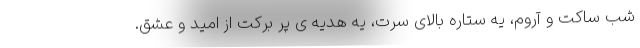
شب ساکت و آروم، یه ستاره بالای سرت، یه هدیه ی پر برکت از امید و عشق.